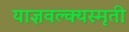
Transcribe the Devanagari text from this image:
याज्ञवल्क्यस्मृती